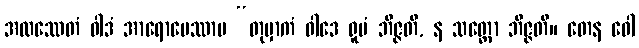
အထဿေတံ ဝါဒံ အာရောပေဿာမ “တုမှာကံ ဝါဒေ ရူပံ ဘိဇ္ဇတိ, န သတ္တော ဘိဇ္ဇတိ။ တေန ဝေါ